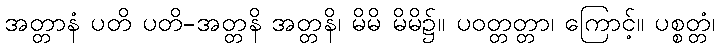
အတ္တာနံ ပတိ ပတိ-အတ္တနိ အတ္တနိ၊ မိမိ မိမိ၌။ ပဝတ္တတ္တာ၊ ကြောင့်။ ပစ္စတ္တံ၊